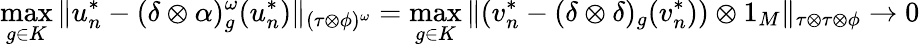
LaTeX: \displaystyle\operatorname*{max}_{g\in K}\| u_{n}^{*}-(\delta\otimes\alpha)_{g}^{\omega}(u_{n}^{*})\| _{(\tau\otimes\phi)^{\omega}}=\operatorname*{max}_{g\in K}\| (v_{n}^{*}-(\delta\otimes\delta)_{g}(v_{n}^{*}))\otimes 1_{M}\| _{\tau\otimes\tau\otimes\phi}\to 0